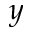
y